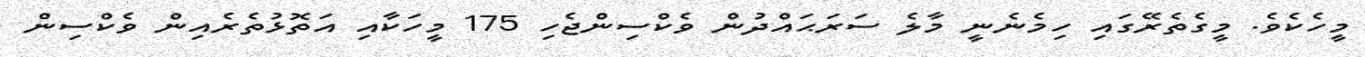
މީހެކެވެ. މީގެތެރޭގައި ހިމެނެނީ މާލެ ސަރަޙައްދުން ވެކްސިންޖެހި 175 މީހަކާއި އަތޮޅުތެރެއިން ވެކްސިން